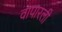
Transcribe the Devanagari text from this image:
वापारली